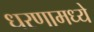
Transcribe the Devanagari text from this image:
धरणामध्ये